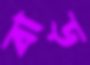
বাড়